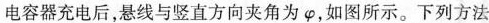
电容器充电后，悬线与竖直方向夹角为 φ，如图所示。下列方法